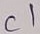
Text: C1